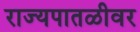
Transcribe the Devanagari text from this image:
राज्यपातळीवर